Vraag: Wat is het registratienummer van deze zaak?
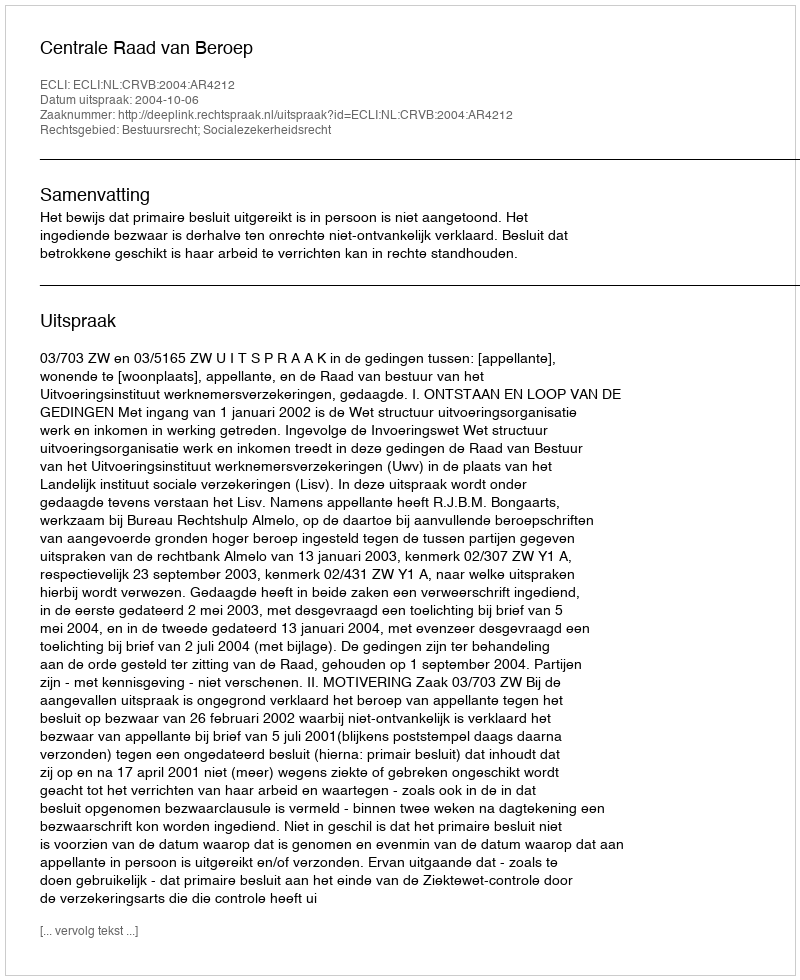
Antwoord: http://deeplink.rechtspraak.nl/uitspraak?id=ECLI:NL:CRVB:2004:AR4212